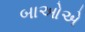
બાઓએ